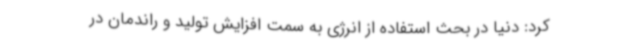
کرد: دنیا در بحث استفاده از انرژی به سمت افزایش تولید و راندمان در